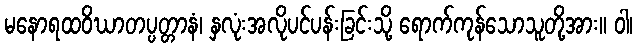
မနောရထဝိဃာတပ္ပတ္တာနံ၊ နှလုံးအလိုပင်ပန်းခြင်းသို့ ရောက်ကုန်သောသူတို့အား။ ဝါ၊